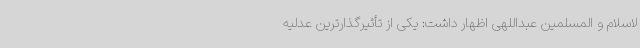
لاسلام و المسلمین عبداللهی اظهار داشت: یکی از تأثیرگذارترین عدلیه